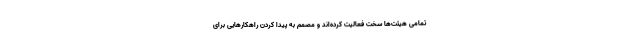
تمامی هیئت‌ها سخت فعالیت کرده‌اند و مصمم به پیدا کردن راهکارهایی برای